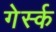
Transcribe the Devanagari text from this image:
गेर्स्क